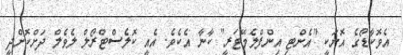
އެވޮކާޑޯގެ އޮށަކީ "އެންޓި އިންފްލެމޭޓަރީ" ކާނާ އެކެވެ. އެއީ ކޮލެސްޓްރޯލް ލެވެލް ދަށްކޮށްދީ